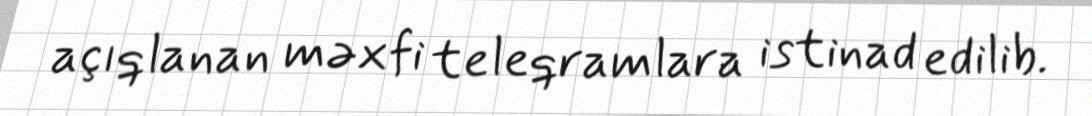
açıqlanan məxfi teleqramlara istinad edilib.